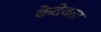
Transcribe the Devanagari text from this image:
केदेवता